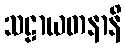
သဠာယတနာနိ